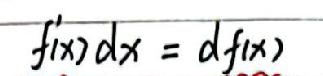
\[ f^{\prime}(x)dx = df(x) \]